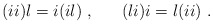
\begin{align*}(ii)l = i(il)~, ~~~~~ (li)i = l(ii) ~.\end{align*}